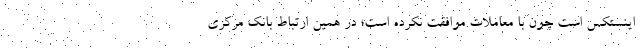
اینستکس است چون با معاملات موافقت نکرده است؛ در همین ارتباط بانک مرکزی